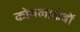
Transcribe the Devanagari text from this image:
कोयलाक्षेत्रों